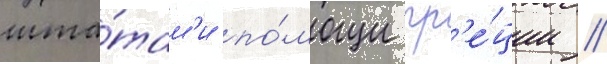
шта́там'и по́мощи гр'е́ции //